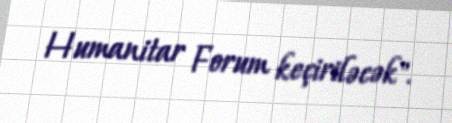
Humanitar Forum keçiriləcək".